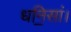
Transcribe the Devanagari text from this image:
धनि॒सां।